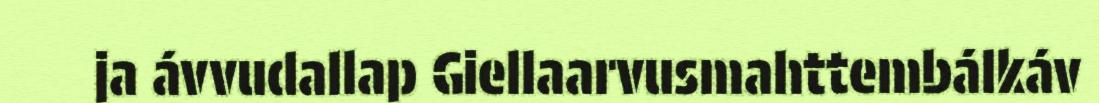
ja ávvudallap Giellaarvusmahttembálkáv